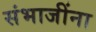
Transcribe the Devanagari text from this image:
संभाजींना